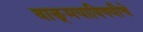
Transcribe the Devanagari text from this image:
वाङ्‌मयाविषयीचे